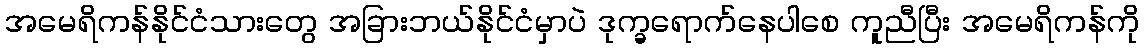
အမေရိကန်နိုင်ငံသားတွေ အခြားဘယ်နိုင်ငံမှာပဲ ဒုက္ခရောက်နေပါစေ ကူညီပြီး အမေရိကန်ကို